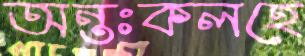
অন্তঃকলহে